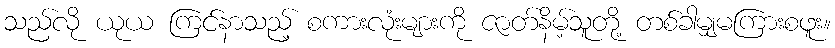
သည်လို ယုယ ကြင်နာသည့် စကားလုံးများကို ဇာတ်နိမ့်သူတို့ တစ်ခါမျှမကြားစဖူး။